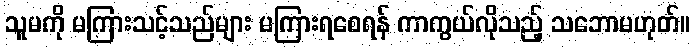
သူမကို မကြားသင့်သည်များ မကြားရစေရန် ကာကွယ်လိုသည့် သဘောမဟုတ်။